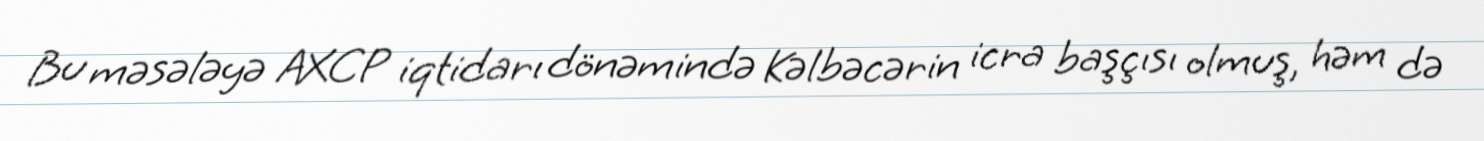
Bu məsələyə AXCP iqtidarı dönəmində Kəlbəcərin icra başçısı olmuş, həm də